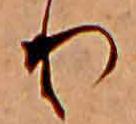
り